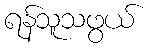
ရန်သူသဖွယ်